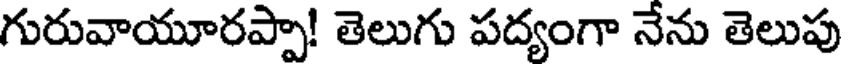
గురువాయూరప్పా! తెలుగు పద్యంగా నేను తెలుపు